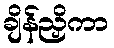
ချိန်ညှိကာ